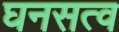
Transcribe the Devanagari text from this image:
घनसत्व